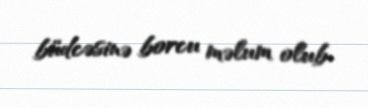
büdcəsinə borcu məlum olub.